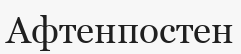
Афтенпостен